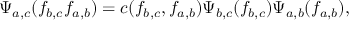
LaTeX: \Psi _ { a , c } ( f _ { b , c } f _ { a , b } ) = c ( f _ { b , c } , f _ { a , b } ) \Psi _ { b , c } ( f _ { b , c } ) \Psi _ { a , b } ( f _ { a , b } ) ,